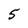
Character: 5